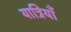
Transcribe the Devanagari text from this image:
यात्रियाँ